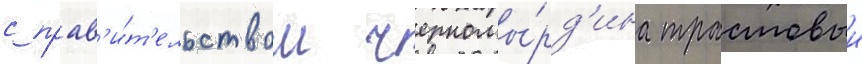
с прав'и́т'ельством черномы́рд'ина трастовыи